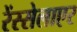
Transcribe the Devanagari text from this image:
रेंस्सेलाएर